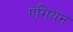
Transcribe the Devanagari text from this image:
एगियन